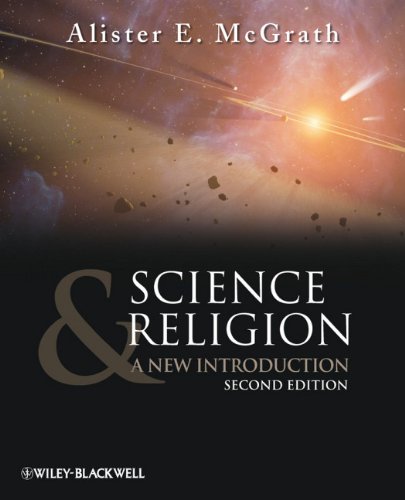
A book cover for Science and Religion: A New Introduction; Alister E. McGrath; Religion & Spirituality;